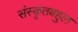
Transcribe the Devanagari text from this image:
संस्कृतबहुल